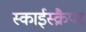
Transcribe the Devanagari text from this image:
स्काईस्क्रैपर